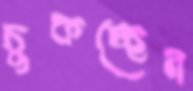
চুকচ্ছেন